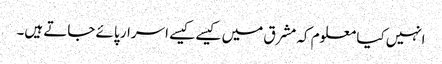
انہیں کیا معلوم کہ مشرق میں کیسے کیسے اسرار پائے جاتے ہیں۔